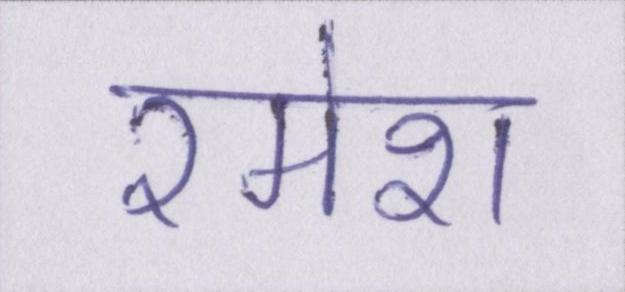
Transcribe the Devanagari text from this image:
रमेश